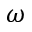
\omega